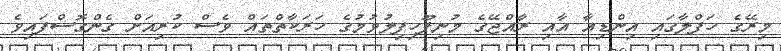
މިރޭގެ ހަފްލާގައި އިންޑިއާ އާއި ރާއްޖޭގެ މުނިފޫހިފިލުވުމުގެ ހަރަކާތްތައް ވެސް ކުރިއަށް ގެންގޮސްފައިވެ